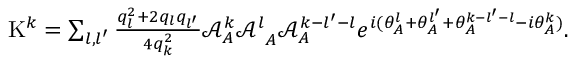
\begin{array} { r } { \mathrm { K } ^ { k } = \sum _ { l , l ^ { \prime } } \frac { q _ { l } ^ { 2 } + 2 q _ { l } q _ { l ^ { \prime } } } { 4 q _ { k } ^ { 2 } } { \mathcal { A } _ { A } ^ { k } \mathcal { A } ^ { l } } _ { A } \mathcal { A } _ { A } ^ { k - l ^ { \prime } - l } e ^ { i ( \theta _ { A } ^ { l } + \theta _ { A } ^ { l ^ { \prime } } + \theta _ { A } ^ { k - l ^ { \prime } - l } - { i \theta _ { A } ^ { k } } ) } . } \end{array}